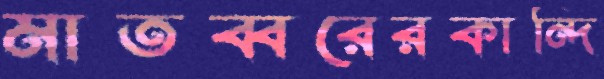
মাতব্বরেরকান্দি